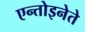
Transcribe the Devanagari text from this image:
एन्तोइनेते